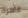
غامرة